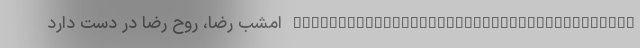
______________________________________ امشب رضا، روح رضا در دست دارد